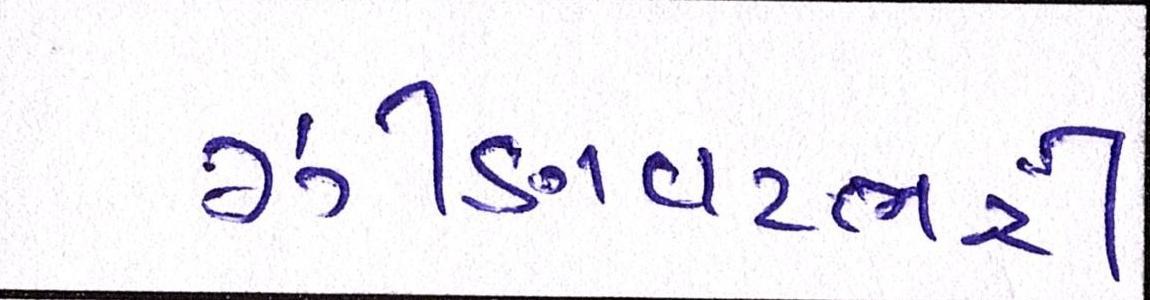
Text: ઝીણવટભરી